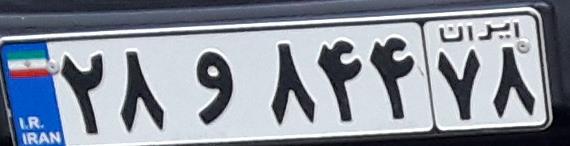
۲۸و۸۴۴۷۸